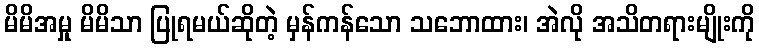
မိမိအမှု မိမိသာ ပြုရမယ်ဆိုတဲ့ မှန်ကန်သော သဘောထား၊ အဲလို အသိတရားမျိုးကို